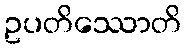
ဥပတိဿောတိ